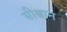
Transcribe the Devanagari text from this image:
सीश्वान